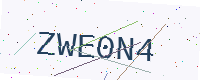
Text: ZWE0N4